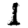
Digit: 1